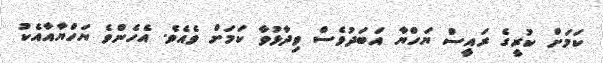
ކަމަށް ކުރީގެ ރައީސް ޔަހްޔާ އަބަދުވެސް ވިދާޅުވާ ކަމަށް ވެއެވެ. އެހެންވެ ޔަހްޔާއާއެކު